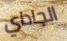
الجاداي